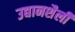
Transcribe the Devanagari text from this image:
उद्यानशैली